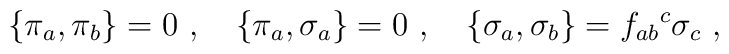
\{\pi_a,\pi_b\}=0\ ,\ \ \ \{\pi_a,\sigma_a\} =0\ ,\ \ \ \{\sigma _a,\sigma _b\}=f_{ab}{}^{c}\sigma_c\ ,